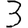
Digit: 3